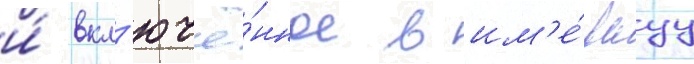
и́ вкл'ючё́нное в им'е́вшуу